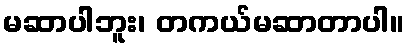
မဆာပါဘူး၊ တကယ်မဆာတာပါ။